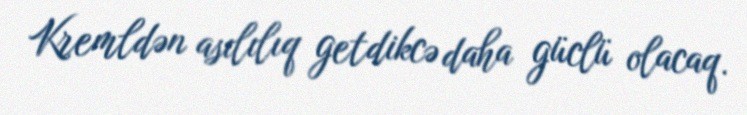
Kremldən asılılıq getdikcə daha güclü olacaq.